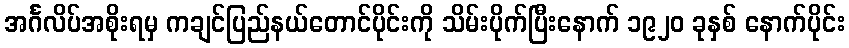
အင်္ဂလိပ်အစိုးရမှ ကချင်ပြည်နယ်တောင်ပိုင်းကို သိမ်းပိုက်ပြီးနောက် ၁၉၂၀ ခုနှစ် နောက်ပိုင်း